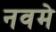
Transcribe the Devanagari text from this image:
नवमे